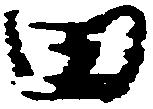
田